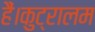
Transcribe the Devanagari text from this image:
हैं।कुट्रालम